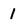
Character: 1